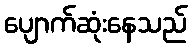
ပျောက်ဆုံးနေသည်